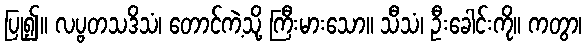
ပြု၍။ လပ္ဗတသဒိသံ၊ တောင်ကဲ့သို့ ကြီးမားသော။ သီသံ၊ ဦးခေါင်းကို။ ကတွာ၊